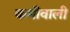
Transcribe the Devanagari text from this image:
कमीवाली